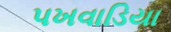
પખવાડિયા